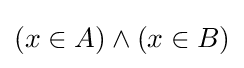
(x\in A)\wedge (x\in B)